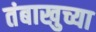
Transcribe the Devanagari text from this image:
तंबाखुच्या